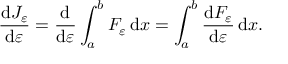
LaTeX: { \frac { \mathrm { d } J _ { \varepsilon } } { \mathrm { d } \varepsilon } } = { \frac { \mathrm { d } } { \mathrm { d } \varepsilon } } \int _ { a } ^ { b } F _ { \varepsilon } \, \mathrm { d } x = \int _ { a } ^ { b } { \frac { \mathrm { d } F _ { \varepsilon } } { \mathrm { d } \varepsilon } } \, \mathrm { d } x .